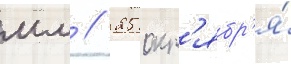
мм // 25 окт'ябр'я́